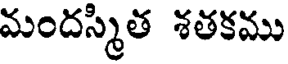
మందస్మిత శతకము